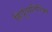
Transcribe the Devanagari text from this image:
हिंदूंव्यतिरिक्त